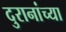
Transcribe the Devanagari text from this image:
दुरानांच्या